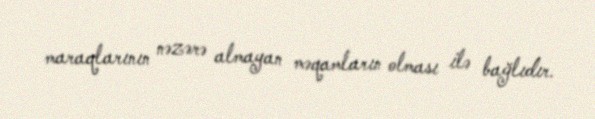
maraqlarının nəzərə almayan məqamların olması ilə bağlıdır.